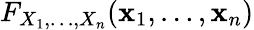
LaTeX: F_{X_{1},\ldots,X_{n}}(\mathbf{x}_{1},\ldots,\mathbf{x}_{n})